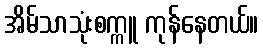
အိမ်သာသုံးစက္ကူ ကုန်နေတယ်။